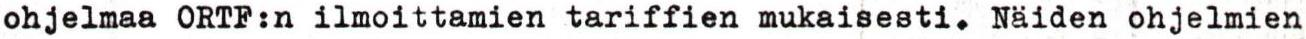
ohjelmaa ORTF:n ilmoittamien tariffien mukaisesti. Näiden ohjelmien